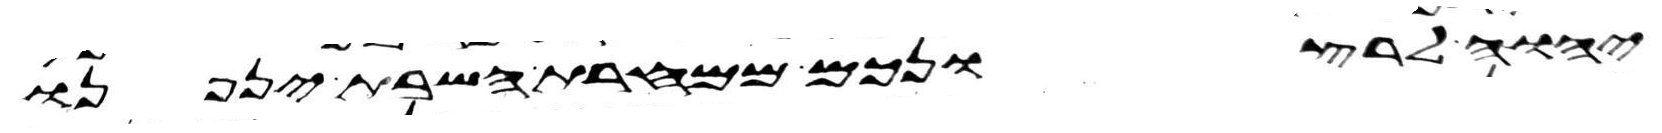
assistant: יהוה לרצונכם ממחרת השבת יניפנו